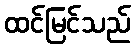
ထင်မြင်သည်